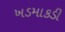
ખડમાકડી